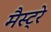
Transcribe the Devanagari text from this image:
मैस्ट्रे